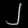
Digit: ၂